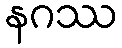
နဂဿ